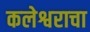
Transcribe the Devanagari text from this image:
कलेश्वराचा